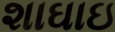
શાઘાઇ